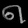
Digit: ၈